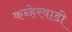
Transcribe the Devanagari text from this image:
कन्हेरवाडी